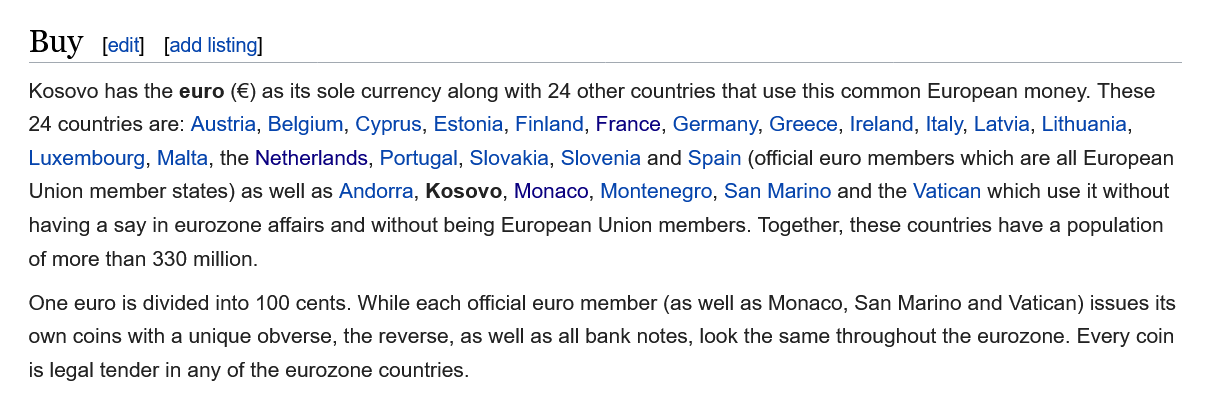
Buy    add listing]
   One euro is divided into 100 cents. While each official euro member (as well as Monaco, San Marino and Vatican) issues
   own coins with a unique obverse, the reverse, as well as all bank notes, look the same throughout the eurozone. Every ci
   is legal tender in any of the eurozone countries.
   Kosovo has the euro (€) as its sole currency along with 24 other countries that use this common European money. These
   24 countries are: Austria, Belgium, Cyprus, Estonia, Finland, France, Germany, Greece, Ireland, Italy, Latvia, Lithuania,
   Luxembourg,  Malta, the Netherlands, Portugal, Slovakia, Slovenia and Spain (official euro members which are all European
   Union member states) as well as Andorra, Kosovo, Monaco, Montenegro, San Marino and the Vatican which use it without
   having a say in eurozone affairs and without being European Union members. Together, these countries have a population
   of more than 330 million.